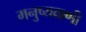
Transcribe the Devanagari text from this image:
मनुष्यवाणी